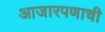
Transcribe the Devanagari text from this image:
आजारपणाची